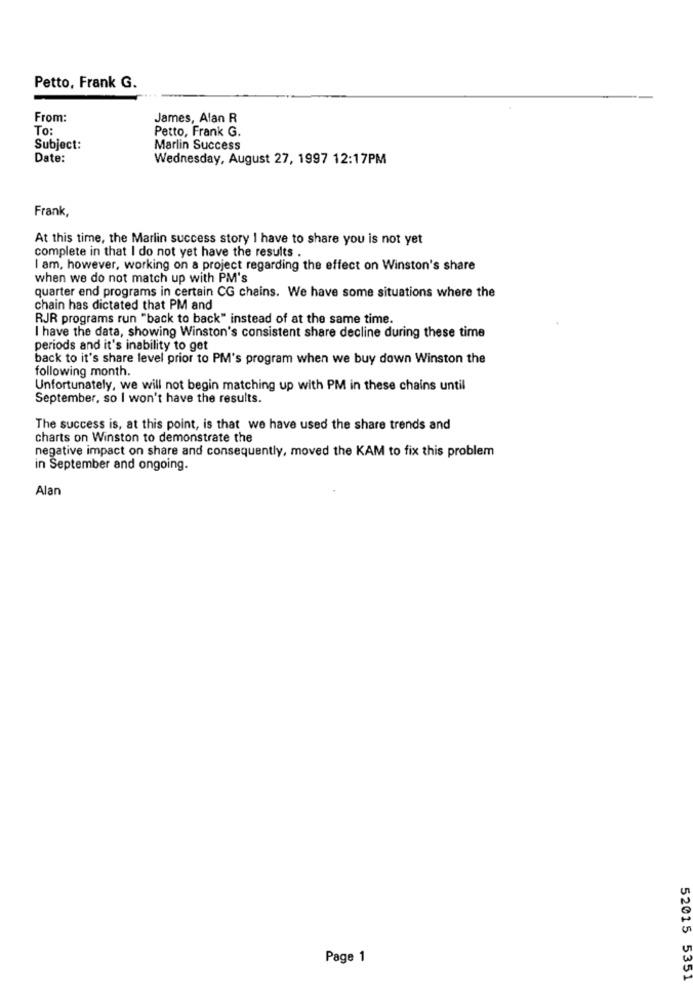
Petto, Frank G.
From:
James, Alan R
To:
Petto, Frank G.
Subject:
Marlin Success
Date:
Wednesday, August 27, 1997 12:17PM
Frank,
At this time, the Marlin success story I have to share you is not yet
complete in that I do not yet have the results .
I am, however, working on a project regarding the effect on Winston's share
when we do not match up with PM's
quarter end programs in certain CG chains. We have some situations where the
chain has dictated that PM and
RJR programs run "back to back" instead of at the same time.
I have the data, showing Winston's consistent share decline during these time
periods and it's inability to get
back to it's share level prior to PM's program when we buy down Winston the
following month.
Unfortunately, we will not begin matching up with PM in these chains until
September, so I won't have the results.
The success is, at this point, is that we have used the share trends and
charts on Winston to demonstrate the
negative impact on share and consequently, moved the KAM to fix this problem
in September and ongoing.
Alan
Page 1
52015 5351